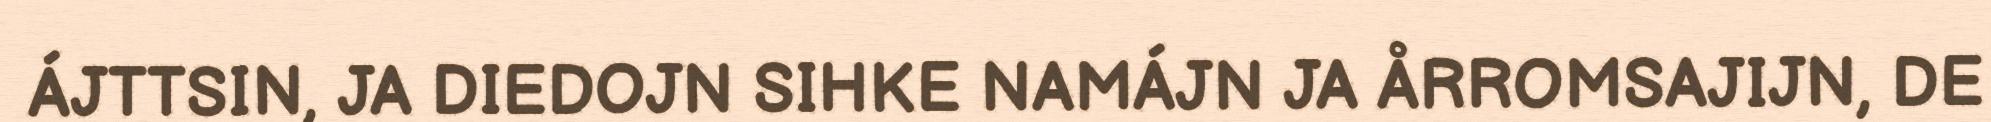
ÁJTTSIN, JA DIEDOJN SIHKE NAMÁJN JA ÅRROMSAJIJN, DE